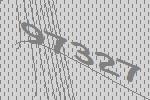
97327